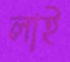
লাই